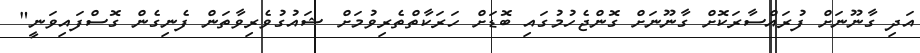
އަދި ގާނޫނަށް ފުރައްސާރަކޮށް ގާނޫނަށް ގޮންޖެހުމުގައި ބޮޑަށް ހަރަކާތްތެރިވުމަށް ޝައުގުވެރިވާތަން ފެނިގެން ގޮސްފައިވަނީ"